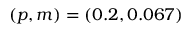
( p , m ) = ( 0 . 2 , 0 . 0 6 7 )